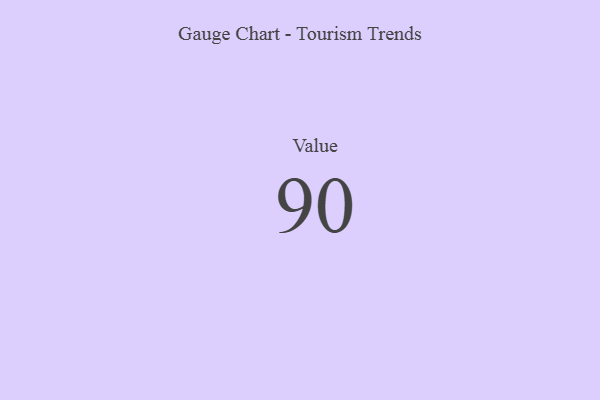
{"axis": {"x": "Metric", "y": "Value"}, "legend": [""], "data": [{"x": "Value", "y": 90, "type": ""}]}